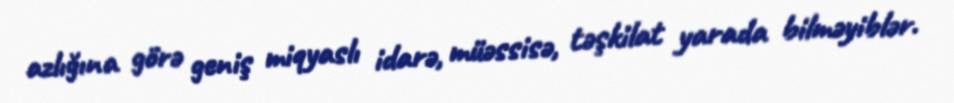
azlığına görə geniş miqyaslı idarə, müəssisə, təşkilat yarada bilməyiblər.